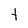
Character: t